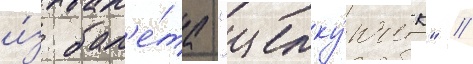
и́з бал'е́та "щелку́нчик" //